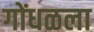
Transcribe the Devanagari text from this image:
गोंधळला